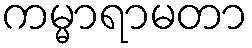
ကမ္မာရာမတာ